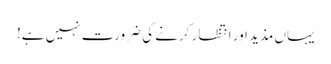
یہاں مذید اور انتظار کرنے کی ضرورت نہیں ہے!